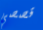
قصصي